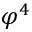
\varphi ^ { 4 }